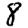
Digit: 8